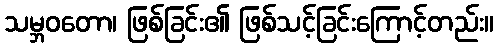
သမ္ဘဝတော၊ ဖြစ်ခြင်း၏ ဖြစ်သင့်ခြင်းကြောင့်တည်း။